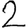
Digit: 2